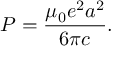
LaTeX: P = { \frac { \mu _ { 0 } e ^ { 2 } a ^ { 2 } } { 6 \pi c } } .